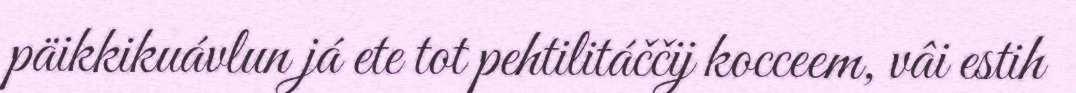
päikkikuávlun já ete tot pehtilitáččij kocceem, vâi estih